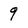
Character: 9